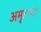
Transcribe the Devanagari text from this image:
अमृतचंद्र